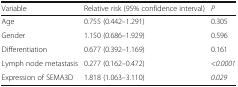
<table><thead><tr><td><b>Variable</b></td><td><b>Relative risk (95% confidence interval)</b></td><td><b><i>P</i></b></td></tr></thead><tbody><tr><td>Age</td><td>0.755 (0.442–1.291)</td><td>0.305</td></tr><tr><td>Gender</td><td>1.150 (0.686–1.929)</td><td>0.596</td></tr><tr><td>Differentiation</td><td>0.677 (0.392–1.169)</td><td>0.161</td></tr><tr><td>Lymph node metastasis</td><td>0.277 (0.162–0.472)</td><td>&lt;<i>0.0001</i></td></tr><tr><td>Expression of SEMA3D</td><td>1.818 (1.063–3.110)</td><td><i>0.029</i></td></tr></tbody></table>